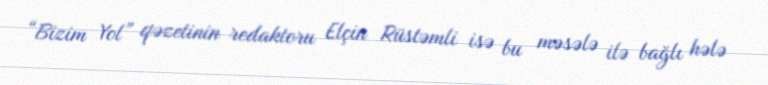
“Bizim Yol” qəzetinin redaktoru Elçin Rüstəmli isə bu məsələ ilə bağlı hələ